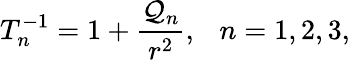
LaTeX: T_{n}^{-1}=1+{\frac{{\cal Q}_{n}}{r^{2}}},\ \ \ n=1,2,3,